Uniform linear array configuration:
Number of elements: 8
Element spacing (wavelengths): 1
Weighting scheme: uniform
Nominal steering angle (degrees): -45
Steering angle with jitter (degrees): -46.023
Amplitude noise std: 0.05
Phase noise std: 0.05

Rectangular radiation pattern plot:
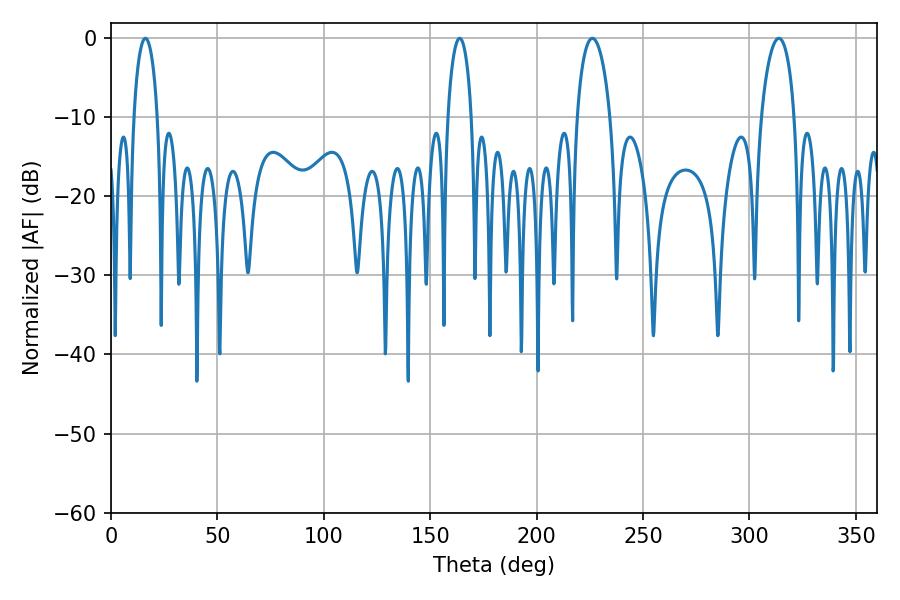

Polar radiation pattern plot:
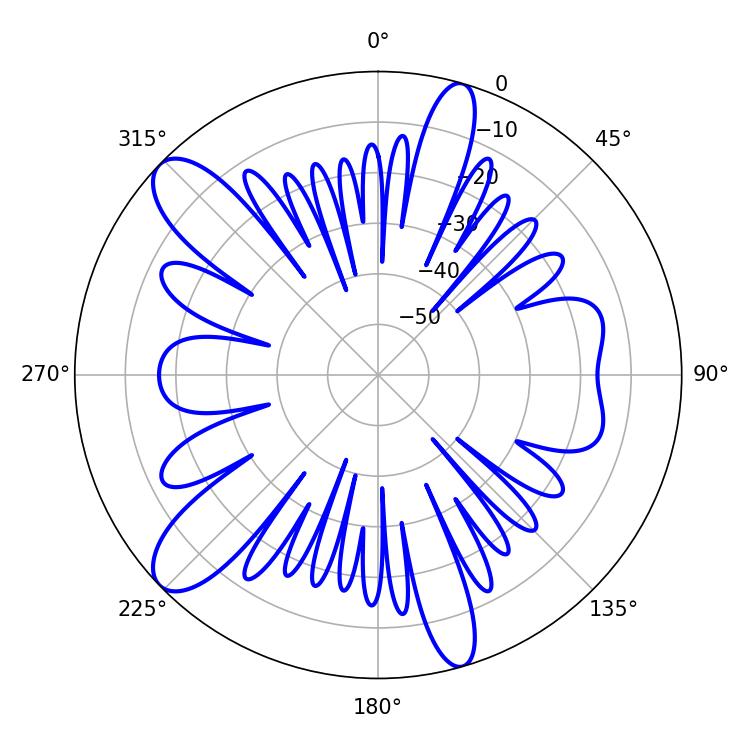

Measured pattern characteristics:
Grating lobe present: TRUE
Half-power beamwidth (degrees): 6.48
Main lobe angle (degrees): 16.2